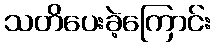
သတိပေးခဲ့ကြောင်း